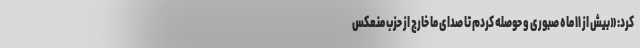
کرد: «بیش از ۱۱ ماه صبوری و حوصله کردم تا صدای ما خارج از حزب منعکس